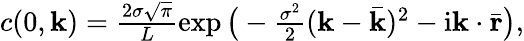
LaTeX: \begin{array}{r}{c(0,{\mathbf k})=\frac{2\sigma\sqrt{\pi}}{L}\exp\big(-\frac{\sigma^{2}}{2}({\mathbf k}-\bar{{\mathbf k}})^{2}-\mathrm{i}{\mathbf k}\cdot\bar{{\mathbf r}}\big),}\end{array}